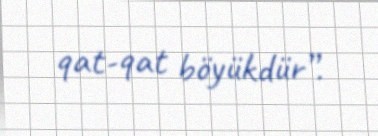
qat-qat böyükdür”.